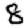
Digit: 8